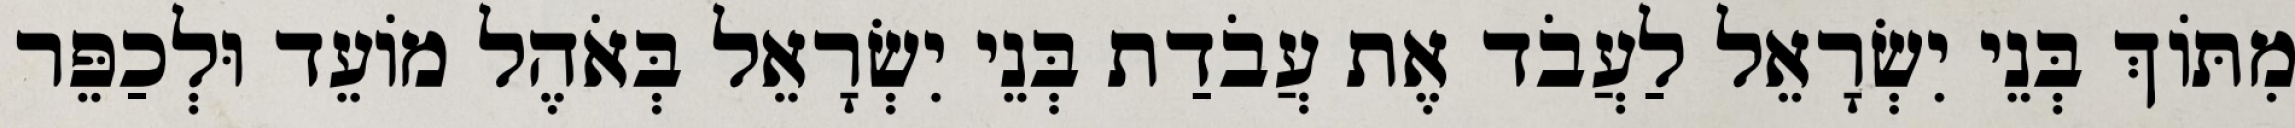
מִתּוֹךְ בְּנֵי יִשְׂרָאֵל לַעֲבֹד אֶת עֲבֹדַת בְּנֵי יִשְׂרָאֵל בְּאֹהֶל מוֹעֵד וּלְכַפֵּר